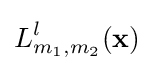
L_{m_{1},m_{2}}^{l}(\mathbf {x} )